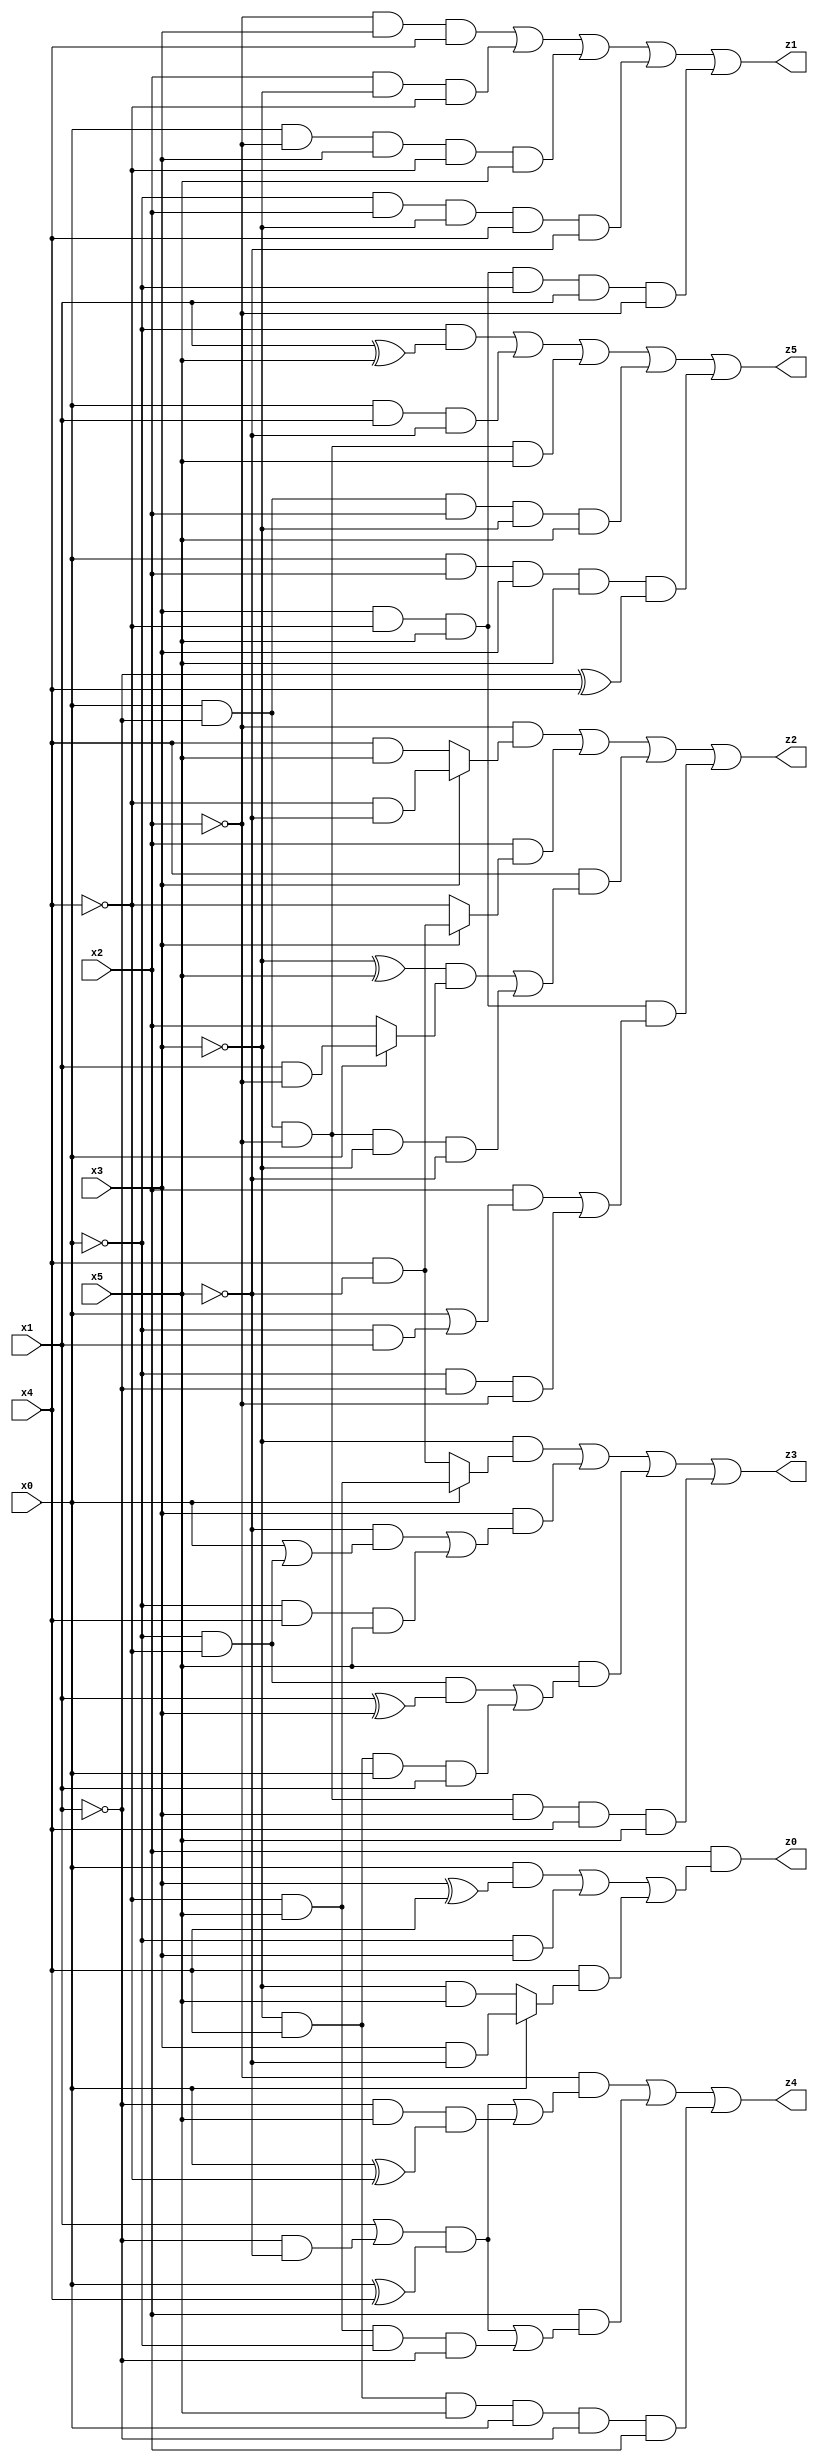
// Benchmark "X_54" written by ABC on Thu Jun 29 03:20:27 2023

module X_54 ( 
    x0, x1, x2, x3, x4, x5,
    z0, z1, z2, z3, z4, z5  );
  input  x0, x1, x2, x3, x4, x5;
  output z0, z1, z2, z3, z4, z5;
  assign z0 = x2 & ((x0 & (x3 ^ x4)) | (~x0 & x3) | (x4 & (x0 ? (x3 & ~x5) : (~x3 & x5))));
  assign z1 = (~x2 & x3 & x4) | (x2 & ~x3 & ~x4) | (x0 & ~x2 & x3 & ~x4 & x5) | (~x0 & x2 & ~x3 & x4 & ~x5) | (x3 & ~x4 & x5 & ~x0 & x1 & ~x2);
  assign z2 = (~x2 & (x3 ? (~x4 & ~x5) : (x4 & x5))) | (x2 & (x3 ? (x4 & ~x5) : ~x4)) | (x4 & (((~x3 ^ x5) & (x0 ? (x1 & ~x2) : x2)) | (x0 & ~x1 & ~x2 & ~x3 & ~x5))) | (x3 & ~x4 & x5 & ((x2 & (x0 | (~x0 & x1))) | (~x0 & ~x1 & ~x2)));
  assign z3 = (~x3 & (x0 ? (~x4 & x5) : (x4 & ~x5))) | (x3 & ((~x5 & (x0 | (~x0 & ~x4))) | (~x0 & x4 & x5))) | (x5 & ((~x0 & ~x4 & (x1 ^ x3)) | (~x3 & x4 & x0 & x1))) | (x0 & ~x1 & ~x2 & x3 & x4 & x5);
  assign z4 = (~x2 & (((x1 | (~x1 & ~x5)) & (x0 ^ x4)) | (~x1 & x5 & (x0 ^ ~x4)))) | (x2 & (((x1 | (~x1 & ~x5)) & (x0 ^ x4)) | (~x4 & x5 & ~x0 & ~x1))) | (~x3 & x4 & x5 & x0 & ~x1 & x2);
  assign z5 = (~x0 & (x1 ^ x5)) | (x0 & x1 & ~x5) | (x0 & ~x1 & ~x2 & x5) | (x0 & ~x1 & x2 & ~x3 & x5) | (x0 & x2 & x3 & x5 & (~x1 ^ x4));
endmodule